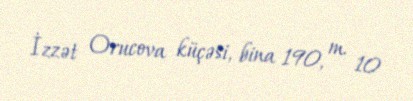
İzzət Orucova küçəsi, bina 190, m. 10